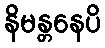
နိမန္တနေပိ